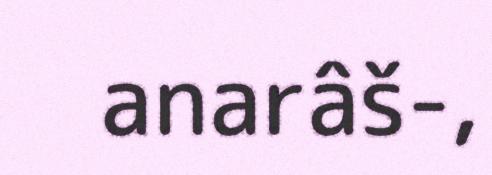
anarâš-,